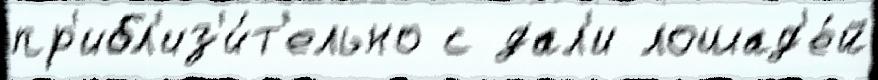
пр'ибл'из'и́т'ельно с дал'и лошад'е́й